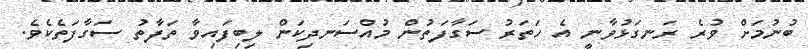
ބުނުމަށް ވުރެ ރަނގަޅުވާނީ އެ ހަތަރު ސަގާފަތުން މުއްސަނދިކަން ލިބިފައިވާ ތަފާތު ސަގާފަތެކެވެ.